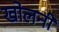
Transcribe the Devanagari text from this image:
खोलनी